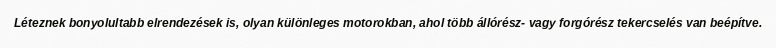
Léteznek bonyolultabb elrendezések is, olyan különleges motorokban, ahol több állórész- vagy forgórész tekercselés van beépítve.